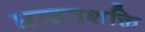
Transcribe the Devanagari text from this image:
धावनशक्ति